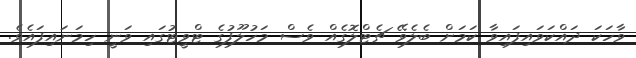
ވާހަކަ ދައްކަވައިފައިވާ ކަމަށް ބެލެވޭ ޗެޓްލޮގެއް ވެސް މަހުލޫފުގެ ޓްވީޓުގައި ވަނީ ހިމަނައިފައެވެ.